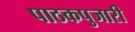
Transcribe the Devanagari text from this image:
पाठकपुजारी